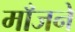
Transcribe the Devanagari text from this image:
माँजने